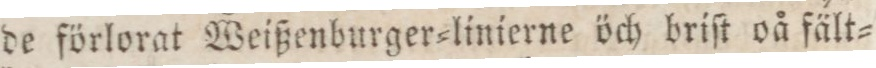
de förlorat Weißenburger=linierne öch briſt oå fält=